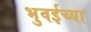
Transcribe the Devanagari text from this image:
भुवईच्या